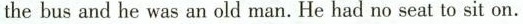
thebus and he was an old man. He had no seat to sit on.